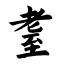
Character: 耋